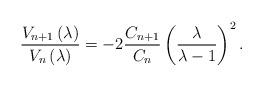
LaTeX: \begin{align*}\frac{V_{n+1}\left( \lambda \right) }{V_{n}\left( \lambda \right) }=-2\frac{C_{n+1}}{C_{n}}\left( \frac{\lambda }{\lambda -1}\right) ^{2}. \end{align*}